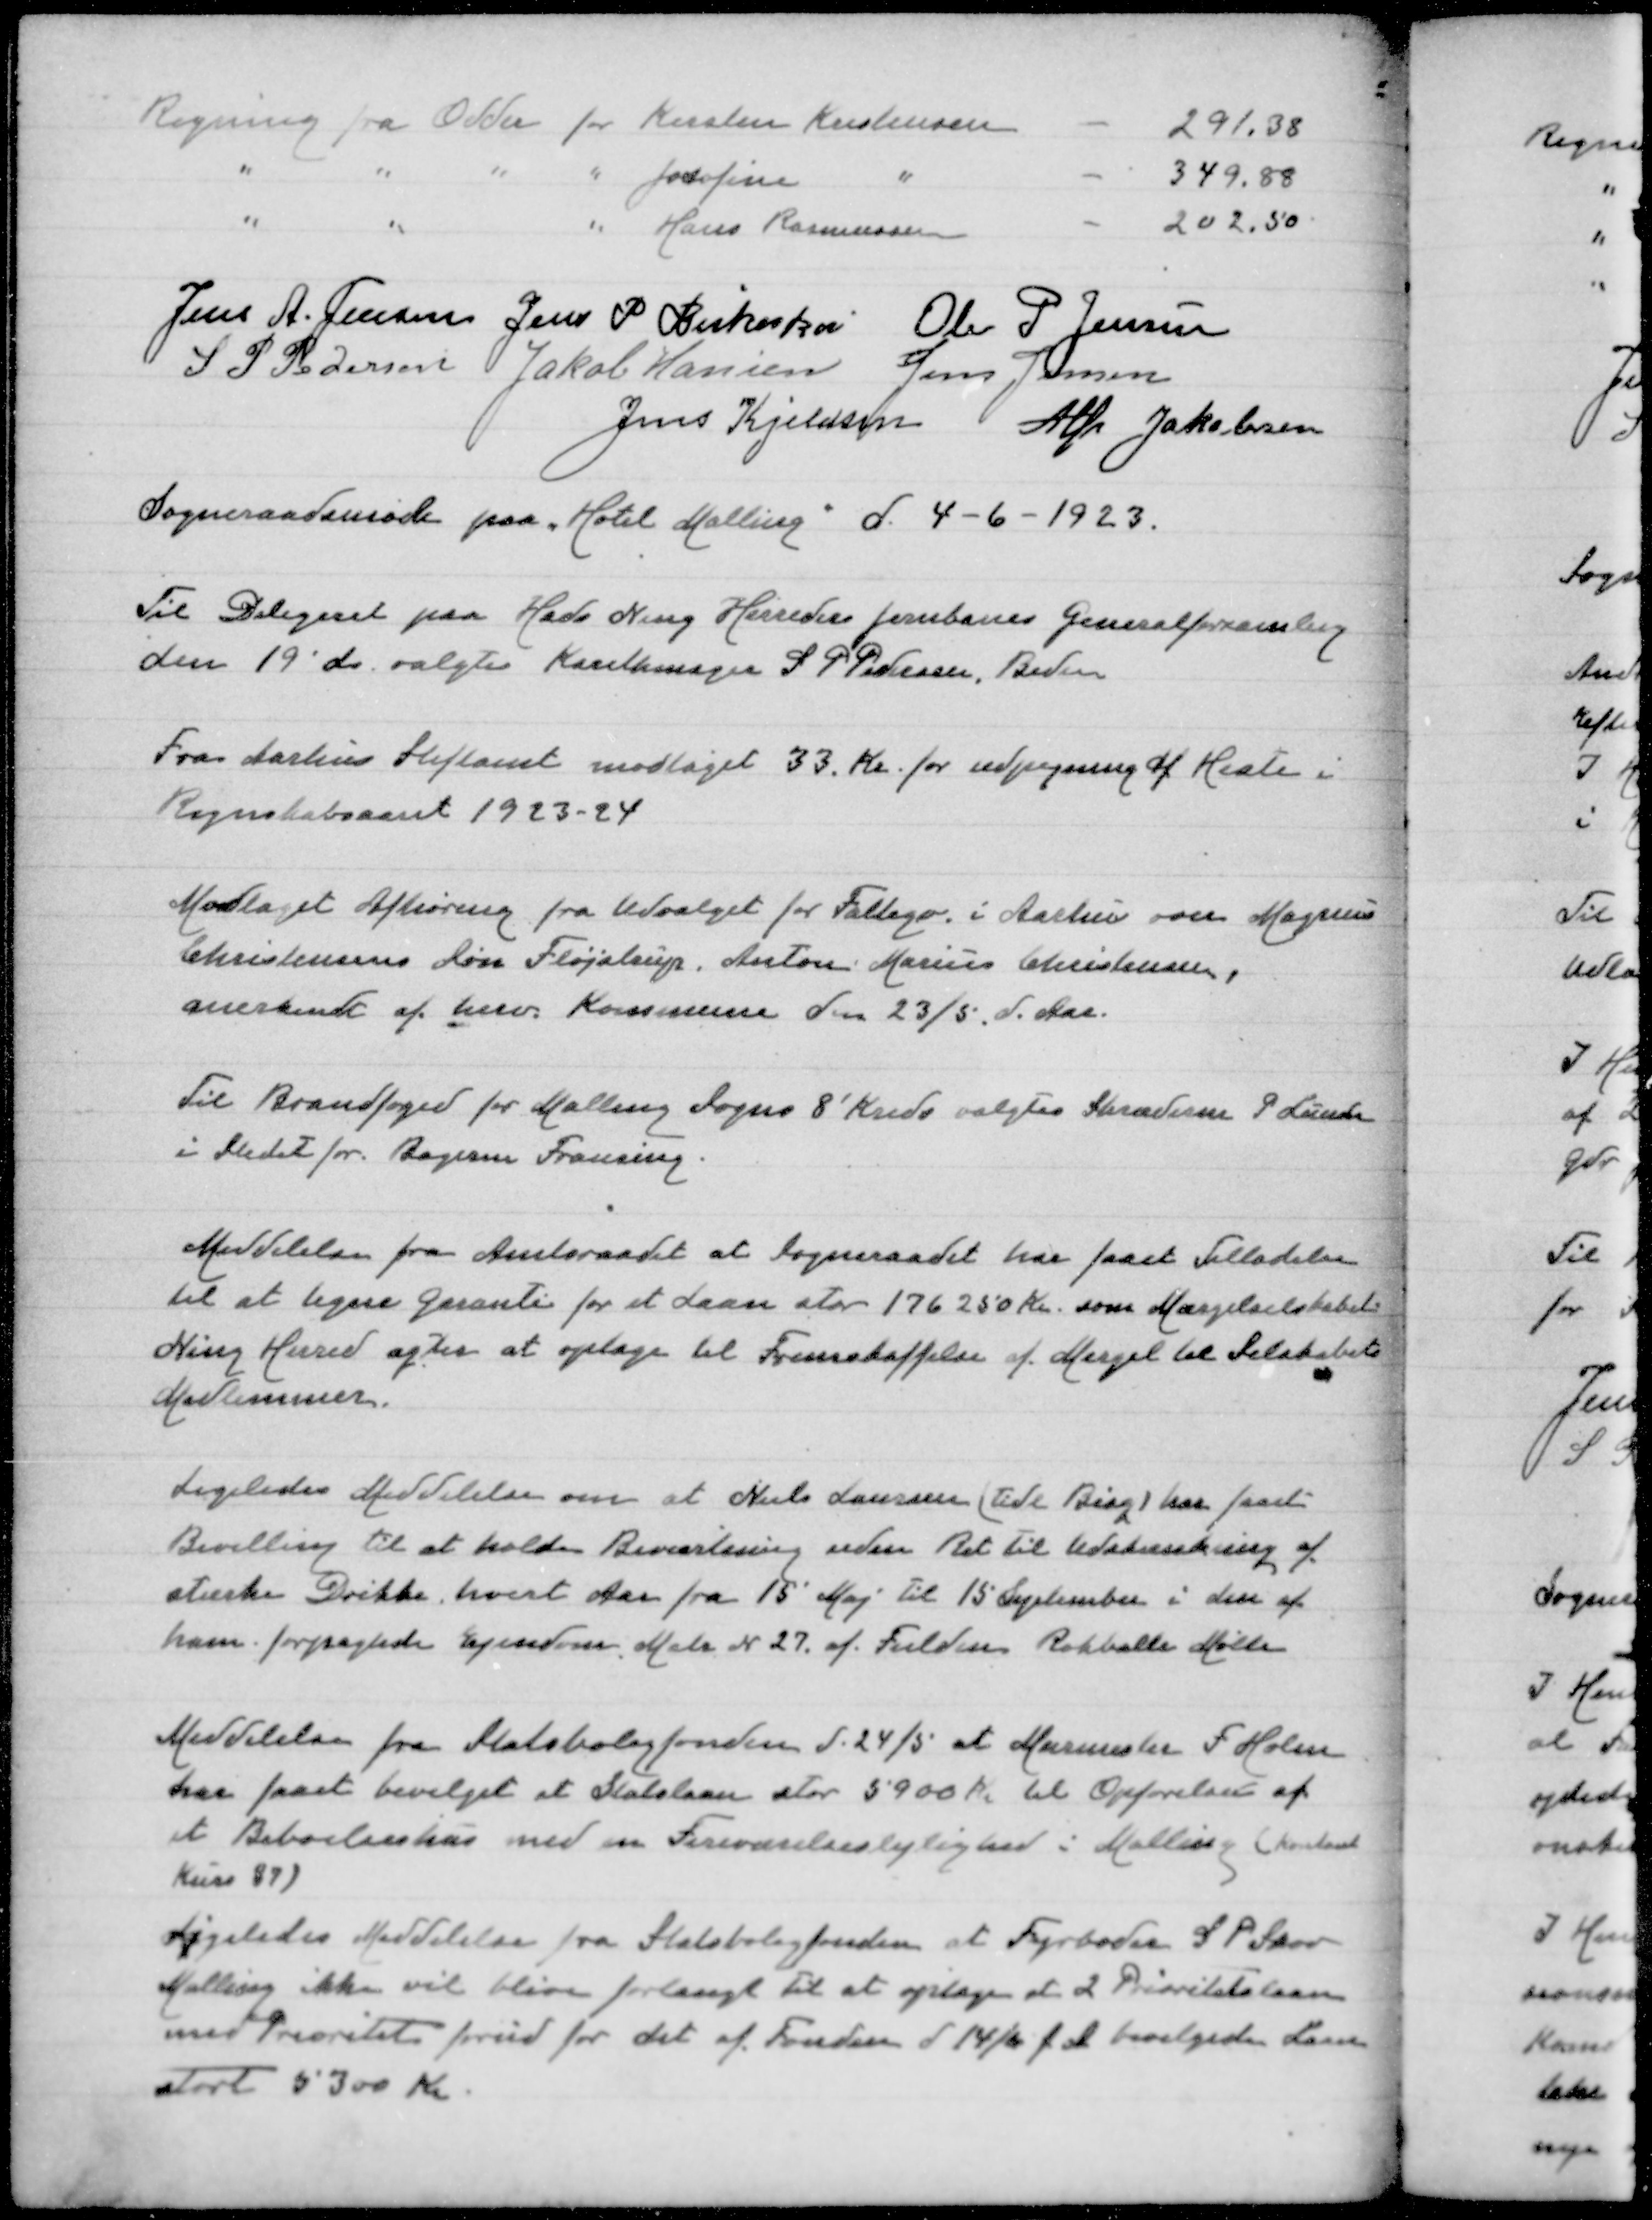
Transskription:
Regning fra Odder for Kirsten Kristensen
291,38
" " " " Josefine "
349,88
" " "Hans Rasmussen
202,50

Jens A Jensen
Jens P Birkeskov
Ole P Jensen
S P Pedersen
Jakob Hansen
Jens Jensen
Jens Kjeldsen
Alfr Jakobsen
Sogneraadsmøde paa "Hotel Malling" d 4-6-1923

Til Delegeret paa Hads Ning Herreders Jernbanes Generalforsamling
den 19' ds valgtes Karetmager S P Pedersen, Beder

Fra Aarhus Stiftamt modtaget 33 Kr for udpegning af Heste i
Regnskabsaaret 1923-24

Modtaget Afhøring fra Udvalget for Fattigv i Aarhus over Magnus
Christensens Søn Fløjstrup. Anton Marius Christensen,
anerkendt af herv Kommune den 23/5 d Aar

Til Brandfoged for Malling Sogns 8' Kreds valgtes Skræderm P Lund
i Stedet for Bagerm Frausing

Meddelelse fra Amtsraadet at Sogneraadet har faaet Tilladelse
til at tegne Garanti for et Laan stor 176250 Kr som Mærgelselskabet
Ning Herred agter at optage til Fremskaffelse af Mergel til Selskabets
Medlemmer

Ligeledes Meddelelse om at Niels Laursen (tidl Bisg) har faaet
Bevilling til at holde Beværtning uden Ret til Udskænkning af
stærke Drikke hvert Aar fra 15 Maj til 15 September i den af
ham forpagtede Ejendom Matr N 27 af Fulden Rokballe Mølle

Meddelelse fra Statsboligfonden d 24/5 at Murerm F Holm
har faaet bevilget et Statslaan stor 5900 Kr til Opførelsen af
et Beboelseshus med en Fireværelseslejlighed i Malling (kontant
Kurs 97)

Ligeledes Meddelelse fra Statsboligfonden at Fyrbøder S P Skov
Malling ikke vil blive forlangt til at optage et 2. Prioritetslaan
med Prioritet forud for det af Fonden d 14/6 f A bevilgede Laan
stort 5300 Kr